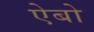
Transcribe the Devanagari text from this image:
ऐबो